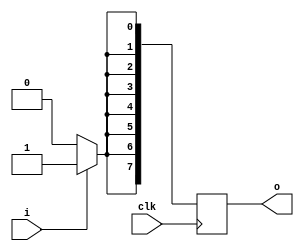
module light_distributor(i, clk, o);
  input i, clk;
  output [7:0] o;
  reg [7:0] o;
  always @ (posedge clk) begin
    if (i==1) begin
      o[0] <= 1;
      o[1] <= 1;
      o[2] <= 1;
      o[3] <= 1;
      o[4] <= 1;
      o[5] <= 1;
      o[6] <= 1;
      o[7] <= 1;
    end
    else begin
      o[0] <= 0;
      o[1] <= 0;
      o[2] <= 0;
      o[3] <= 0;
      o[4] <= 0;
      o[5] <= 0;
      o[6] <= 0;
      o[7] <= 0;
    end
  end
endmodule